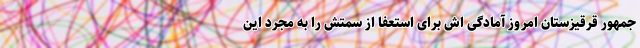
جمهور قرقیزستان امروز آمادگی اش برای استعفا از سمتش را به مجرد این